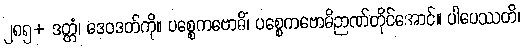
၂၈၅+ ဒတ္တံ၊ ဒေဝဒတ်ကို။ ပစ္စေကဗောဓိံ၊ ပစ္စေကဗောဓိဉာဏ်တိုင်အောင်။ ပါပေဿတိ၊